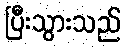
ပြီးသွားသည်